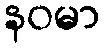
နဝမာ